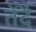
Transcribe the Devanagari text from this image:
तेंदै